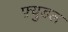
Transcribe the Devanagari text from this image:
फ़्युडल